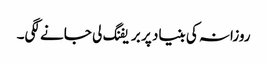
روزانہ کی بنیاد پر بریفنگ لی جانے لگی۔